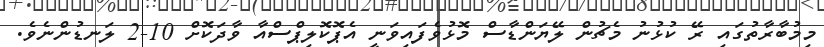
މިމުބާރާތުގައި ރޭ ކުޅުނު މެޗުން ލޭޔަންޑާސް މޮޅުވެފައިވަނީ އެޕޮކޮލިޕްސްއާ ވާދަކޮށް 10-2 ލަނޑުންނެވެ.